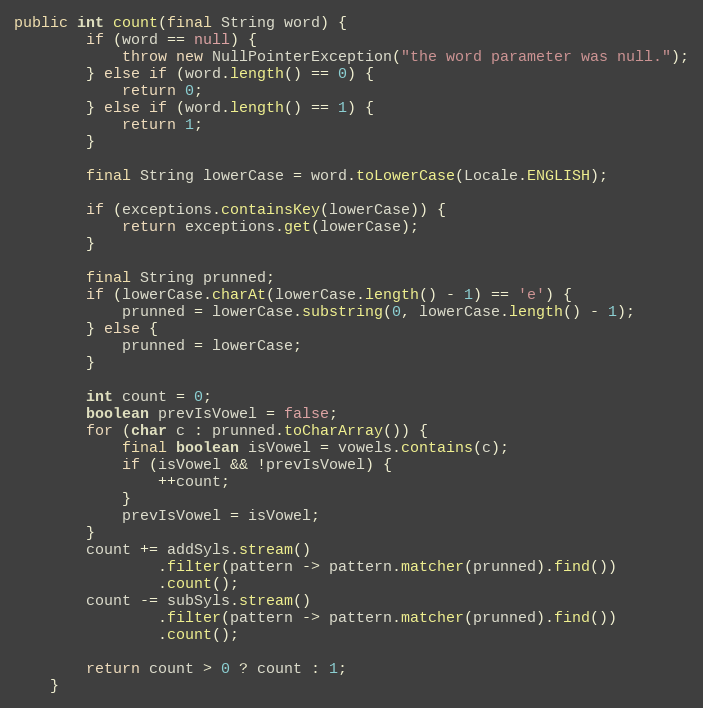
Language: Java
public int count(final String word) {
        if (word == null) {
            throw new NullPointerException("the word parameter was null.");
        } else if (word.length() == 0) {
            return 0;
        } else if (word.length() == 1) {
            return 1;
        }

        final String lowerCase = word.toLowerCase(Locale.ENGLISH);

        if (exceptions.containsKey(lowerCase)) {
            return exceptions.get(lowerCase);
        }

        final String prunned;
        if (lowerCase.charAt(lowerCase.length() - 1) == 'e') {
            prunned = lowerCase.substring(0, lowerCase.length() - 1);
        } else {
            prunned = lowerCase;
        }

        int count = 0;
        boolean prevIsVowel = false;
        for (char c : prunned.toCharArray()) {
            final boolean isVowel = vowels.contains(c);
            if (isVowel && !prevIsVowel) {
                ++count;
            }
            prevIsVowel = isVowel;
        }
        count += addSyls.stream()
                .filter(pattern -> pattern.matcher(prunned).find())
                .count();
        count -= subSyls.stream()
                .filter(pattern -> pattern.matcher(prunned).find())
                .count();

        return count > 0 ? count : 1;
    }